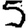
Digit: 5